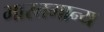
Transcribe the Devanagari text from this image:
भारतमान्य